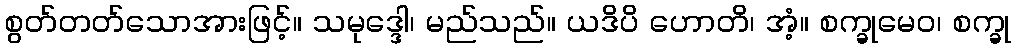
စွတ်တတ်သောအားဖြင့်။ သမုဒ္ဒေါ၊ မည်သည်။ ယဒိပိ ဟောတိ၊ အံ့။ စက္ခုမေဝ၊ စက္ခု